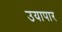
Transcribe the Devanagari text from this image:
उयापार